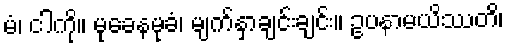
မံ၊ ငါကို။ မုခေနမုခံ၊ မျက်နှာချင်းချင်း။ ဥပနာမယိဿတိ၊